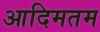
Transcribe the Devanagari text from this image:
आदिमतम